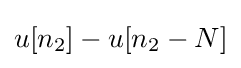
u[n_{2}]-u[n_{2}-N]